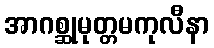
အာဂစ္ဆုမုတ္တမကုလီနာ